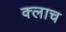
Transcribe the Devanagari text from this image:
क्लाच